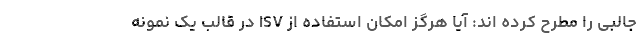
جالبی را مطرح کرده اند: آیا هرگز امکان استفاده از ISV در قالب یک نمونه